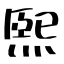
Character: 煕